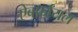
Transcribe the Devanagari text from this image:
ऐबर्फ़ाॅयल